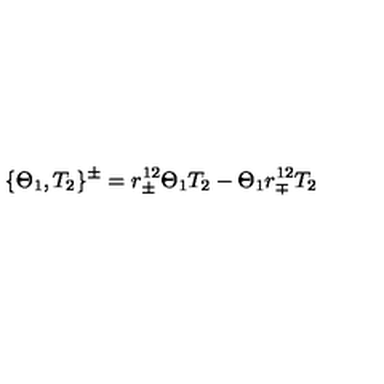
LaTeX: \{ \Theta _ { 1 } , T _ { 2 } \} ^ { \pm } = r _ { \pm } ^ { 1 2 } \Theta _ { 1 } T _ { 2 } - \Theta _ { 1 } r _ { \mp } ^ { 1 2 } T _ { 2 }